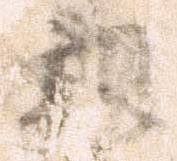
親